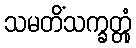
သမတိံသက္ခတ္တုံ